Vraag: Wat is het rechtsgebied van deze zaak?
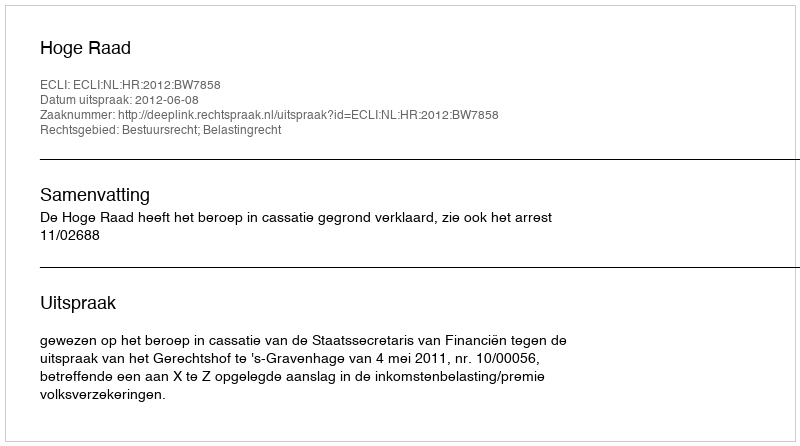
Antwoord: Bestuursrecht; Belastingrecht